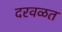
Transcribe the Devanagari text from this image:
दरवळत